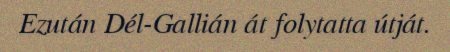
Ezután Dél-Gallián át folytatta útját.